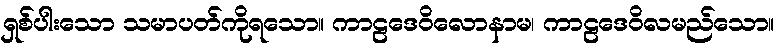
ရှစ်ပါးသော သမာပတ်ကိုရသော။ ကာဠဒေဝိလောနာမ၊ ကာဠဒေဝိလမည်သော။